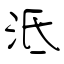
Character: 泜